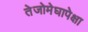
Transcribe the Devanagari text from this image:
तेजोमेघापेक्षा